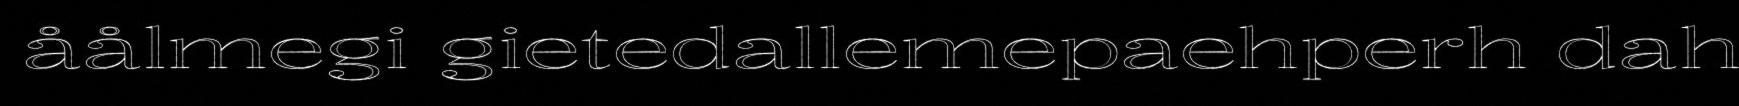
åålmegi gietedallemepaehperh dah